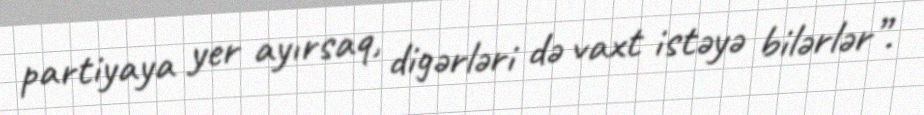
partiyaya yer ayırsaq, digərləri də vaxt istəyə bilərlər”.